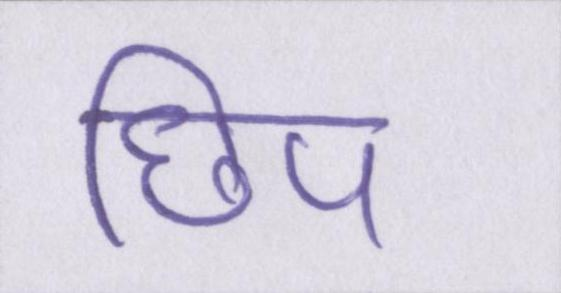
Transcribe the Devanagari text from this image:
छिप